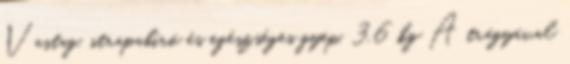
Vastag, strapabíró és egészséges gyep. 3,6 kg A trágyával